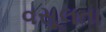
વસૂલતા